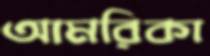
আমরিকা